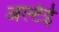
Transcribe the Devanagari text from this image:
अल्टेई